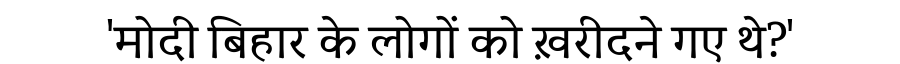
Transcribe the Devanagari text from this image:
'मोदी बिहार के लोगों को ख़रीदने गए थे?'